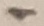
Text: 1